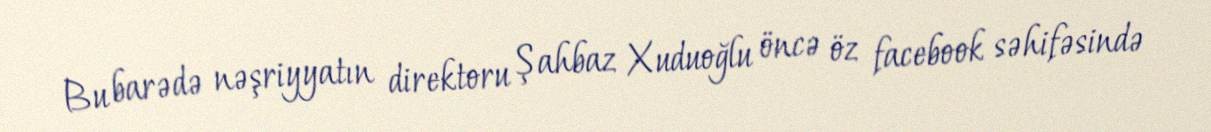
Bu barədə nəşriyyatın direktoru Şahbaz Xuduoğlu öncə öz facebook səhifəsində